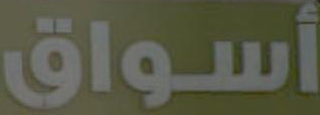
أسواق